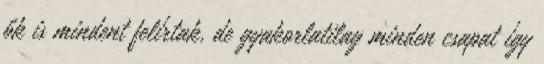
ők is mindent felírtak, de gyakorlatilag minden csapat így